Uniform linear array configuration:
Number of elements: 48
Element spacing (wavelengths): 1
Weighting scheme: exponential
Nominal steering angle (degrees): -30
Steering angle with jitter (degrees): -31.541
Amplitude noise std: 0.05
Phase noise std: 0.05

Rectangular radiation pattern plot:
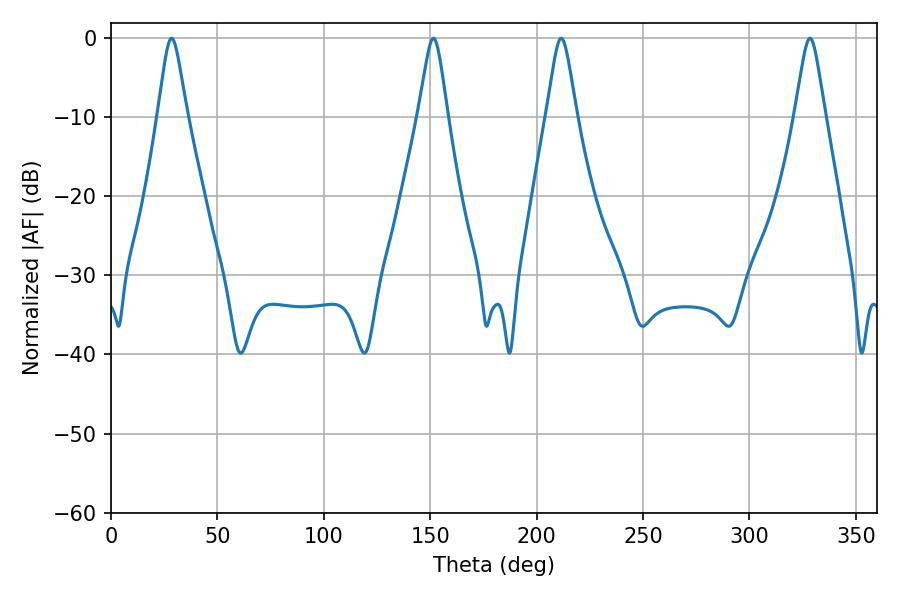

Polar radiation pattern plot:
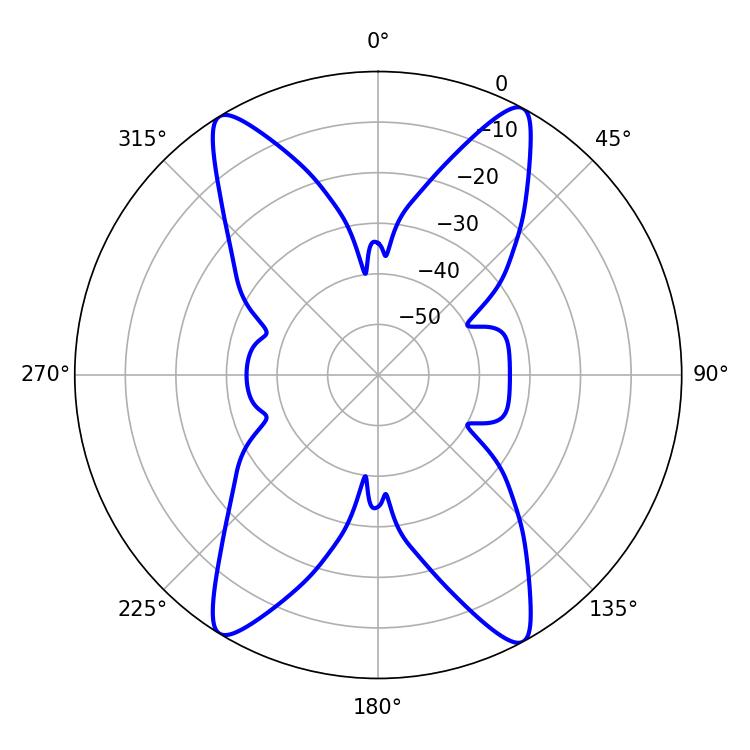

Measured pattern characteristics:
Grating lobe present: TRUE
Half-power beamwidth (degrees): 6.66
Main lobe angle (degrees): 211.5